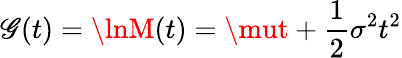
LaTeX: \mathscr{G}(t)=\lnM(t)=\mut+{\frac{{1}}{{2}}}\sigma^{2}t^{2}